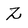
Character: Z